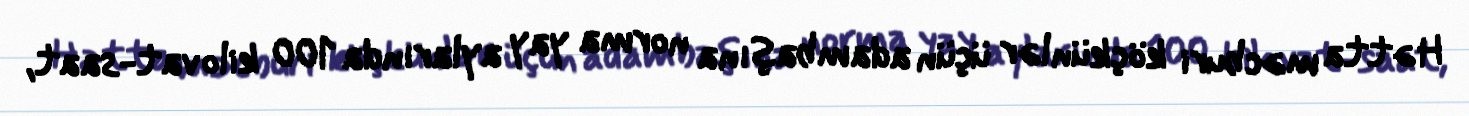
Hətta məcburi köçkünlər üçün adambaşına norma yay aylarında 100 kilovat-saat,